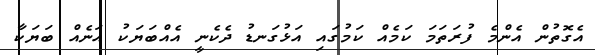
އެގޮތުން އެންމެ ފުރަތަމަ ކަމެއް ކަމުގައި އަޅުގަނޑު ދެކެނީ އެއްބަޔަކު އަނެއް ބަޔަކާ